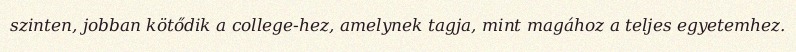
szinten, jobban kötődik a college-hez, amelynek tagja, mint magához a teljes egyetemhez.